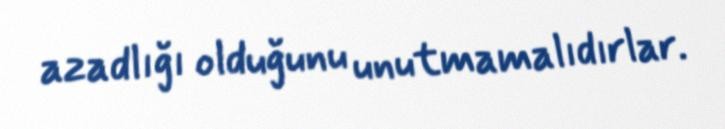
azadlığı olduğunu unutmamalıdırlar.